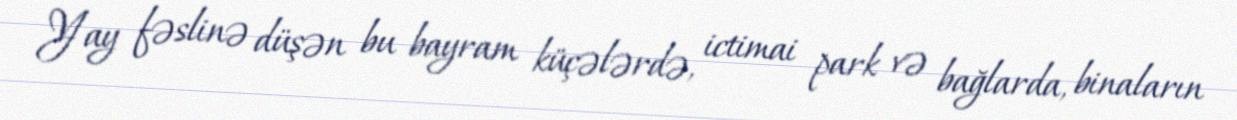
Yay fəslinə düşən bu bayram küçələrdə, ictimai park və bağlarda, binaların